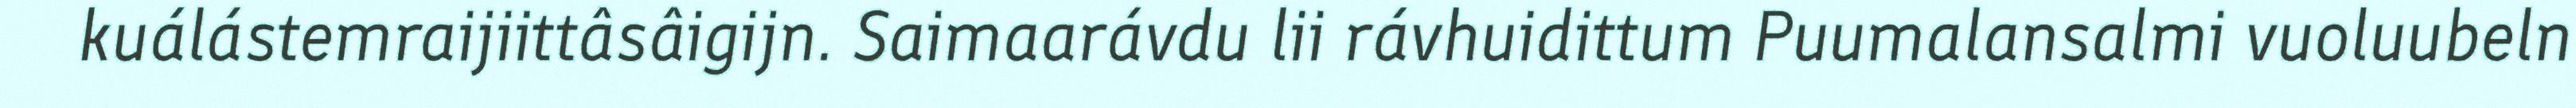
kuálástemraijiittâsâigijn. Saimaarávdu lii rávhuidittum Puumalansalmi vuoluubeln